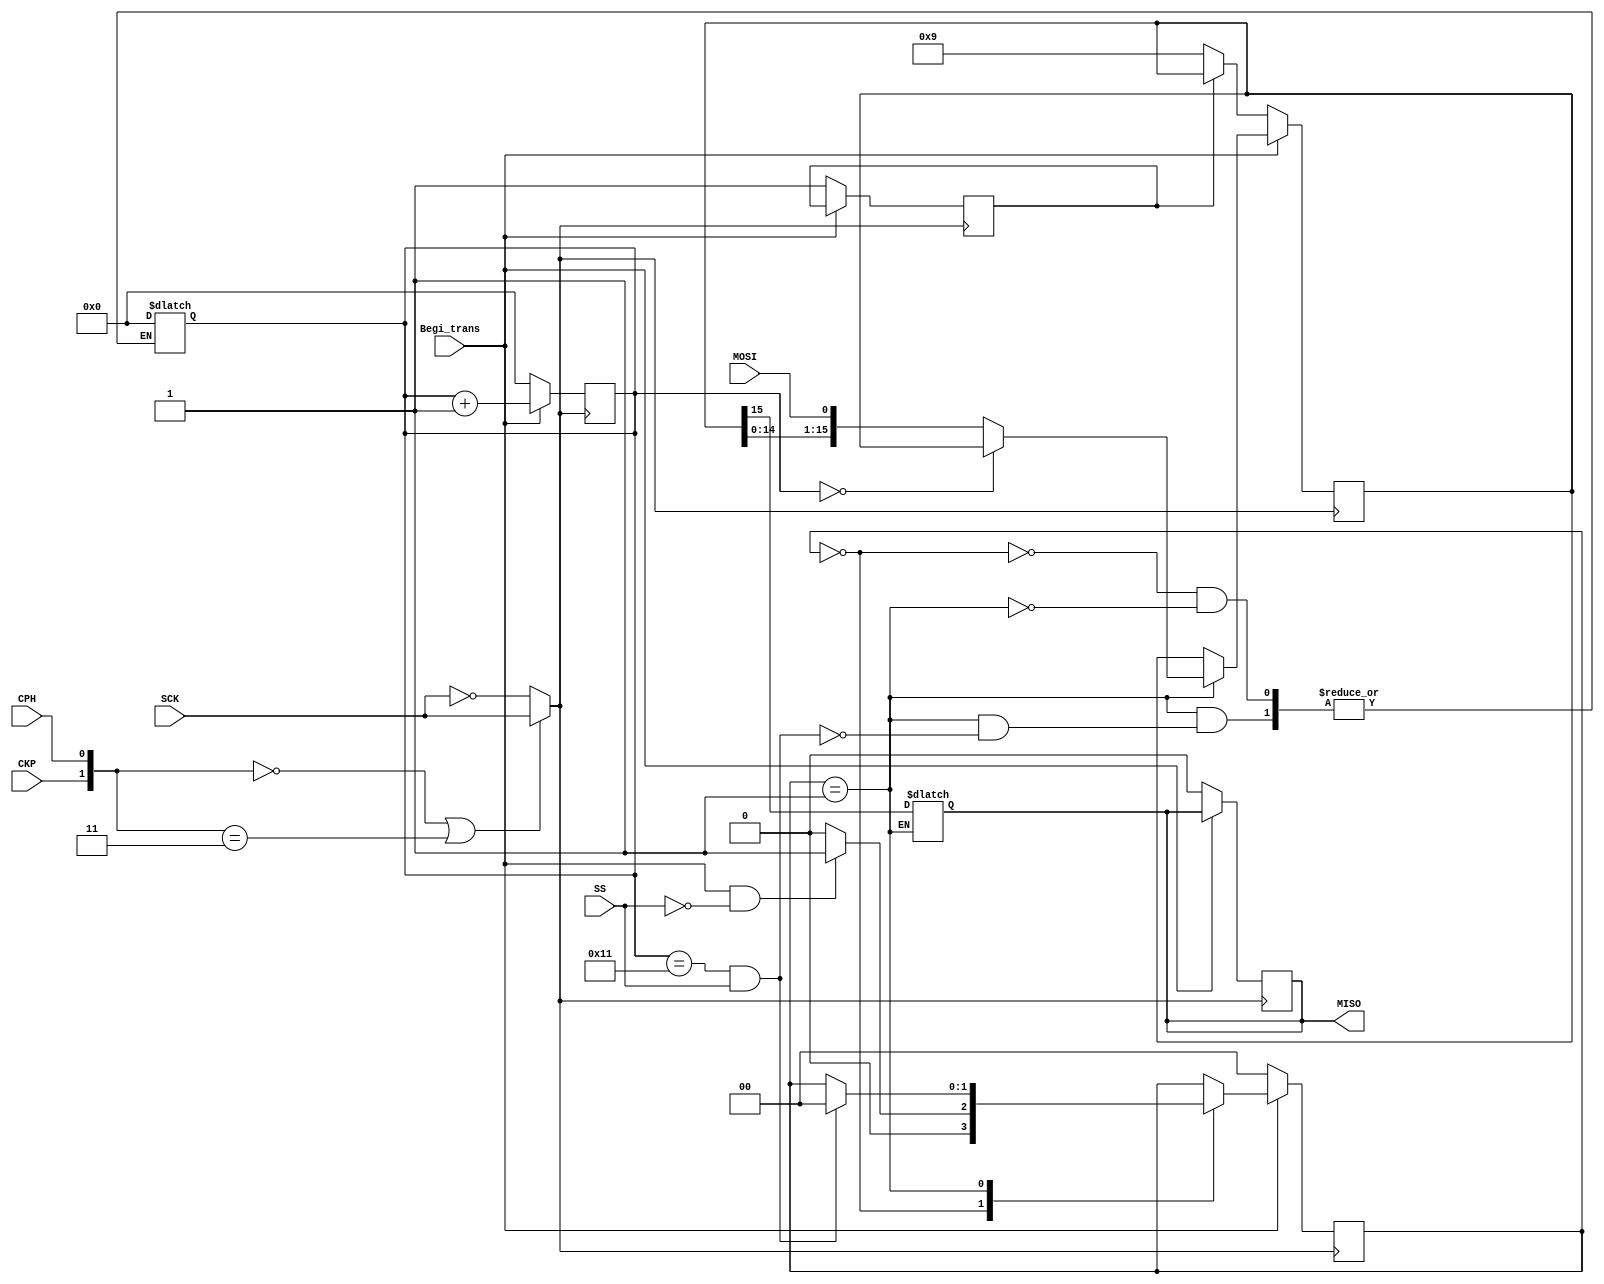
module slave_receptor (
    input wire Begi_trans,
    input wire CKP,
    input wire CPH,
    input wire MOSI,
    input wire SCK,
    output reg MISO,
    input wire SS
);
reg [1:0] E_Actual, E_Siguiente;
reg [15:0] Data_register, Prox_Data_register;
reg [7:0] Data1 = 8'b00000000;
reg [7:0] Data2 = 8'b00001001;
reg data_begin_data_register = 0; 
reg [4:0] Bit_counter;
wire SCK_escogido;
wire [1:0] MODO;
wire Finish_protcol; // Asegrate de que esto est siendo usado correctamente
assign Finish_protcol = Bit_counter == 5'b10001;
assign MODO = {CKP, CPH};
assign SCK_escogido = (MODO == 0 || MODO == 3) ? SCK : ~SCK;

parameter Reposo = 2'b0;
parameter Transccion_process = 2'b01;


always @(posedge SCK_escogido) begin
    if (Begi_trans == 0) begin
        E_Actual <= 0;
        Bit_counter <= 0;
        MISO <= 0;
        if (data_begin_data_register == 0) begin
            Data_register <= {Data1, Data2};
            data_begin_data_register <= 1; 
        end
    end else begin
        E_Actual <= E_Siguiente;
        Bit_counter <= Bit_counter + 1;
        Data_register <= Prox_Data_register;
    end
end



always @(*) begin
    //FLIP-FLOPS
    Prox_Data_register = Data_register;
    E_Siguiente = E_Actual;

    case(E_Actual)
        Reposo: begin
            Bit_counter = 0; 
            if (Begi_trans && SS == 0) begin
                E_Siguiente = Transccion_process;
            end else begin
                E_Siguiente = Reposo;
            end
        end
        Transccion_process: begin // Cambiado Begi_trans a Transccion_process
            if (Bit_counter == 0) begin
                MISO = Data_register[15];
            end else begin
                MISO = Data_register[15];
                Prox_Data_register = {Data_register, MOSI};
            end
            if (Finish_protcol && SS == 1) begin
                E_Siguiente = Reposo;
                Bit_counter = 0;
            end
        end
    endcase
end
endmodule